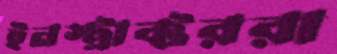
ইনস্ট্রাক্টররা